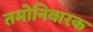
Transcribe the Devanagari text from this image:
तमोनिवारक